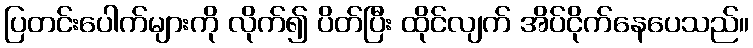
ပြတင်းပေါက်များကို လိုက်၍ ပိတ်ပြီး ထိုင်လျက် အိပ်ငိုက်နေပေသည်။